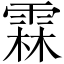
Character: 霖